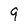
Character: 9